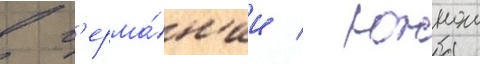
в г'ерма́н'ии / южнои